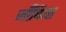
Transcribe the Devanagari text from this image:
जाँघिया